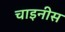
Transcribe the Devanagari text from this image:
चाइनीस